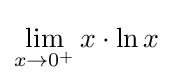
\lim _{x\to 0^{+}}x\cdot \ln x